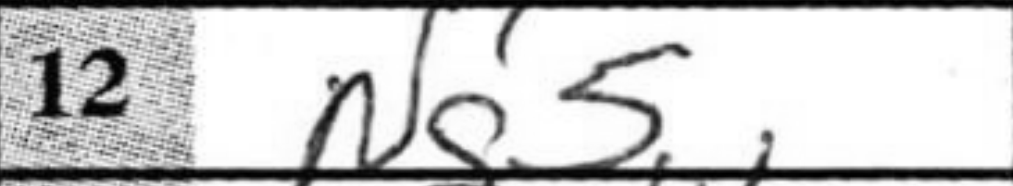
Transcription: Ng5